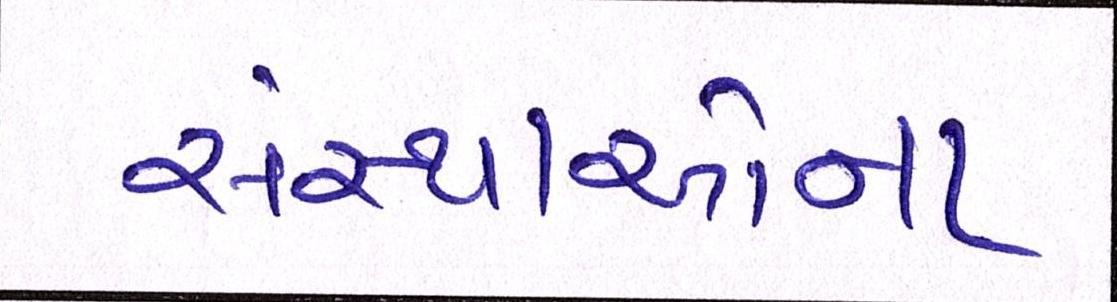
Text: સંસ્થાઓના